Voisiku_vallavalitsus, lk 138
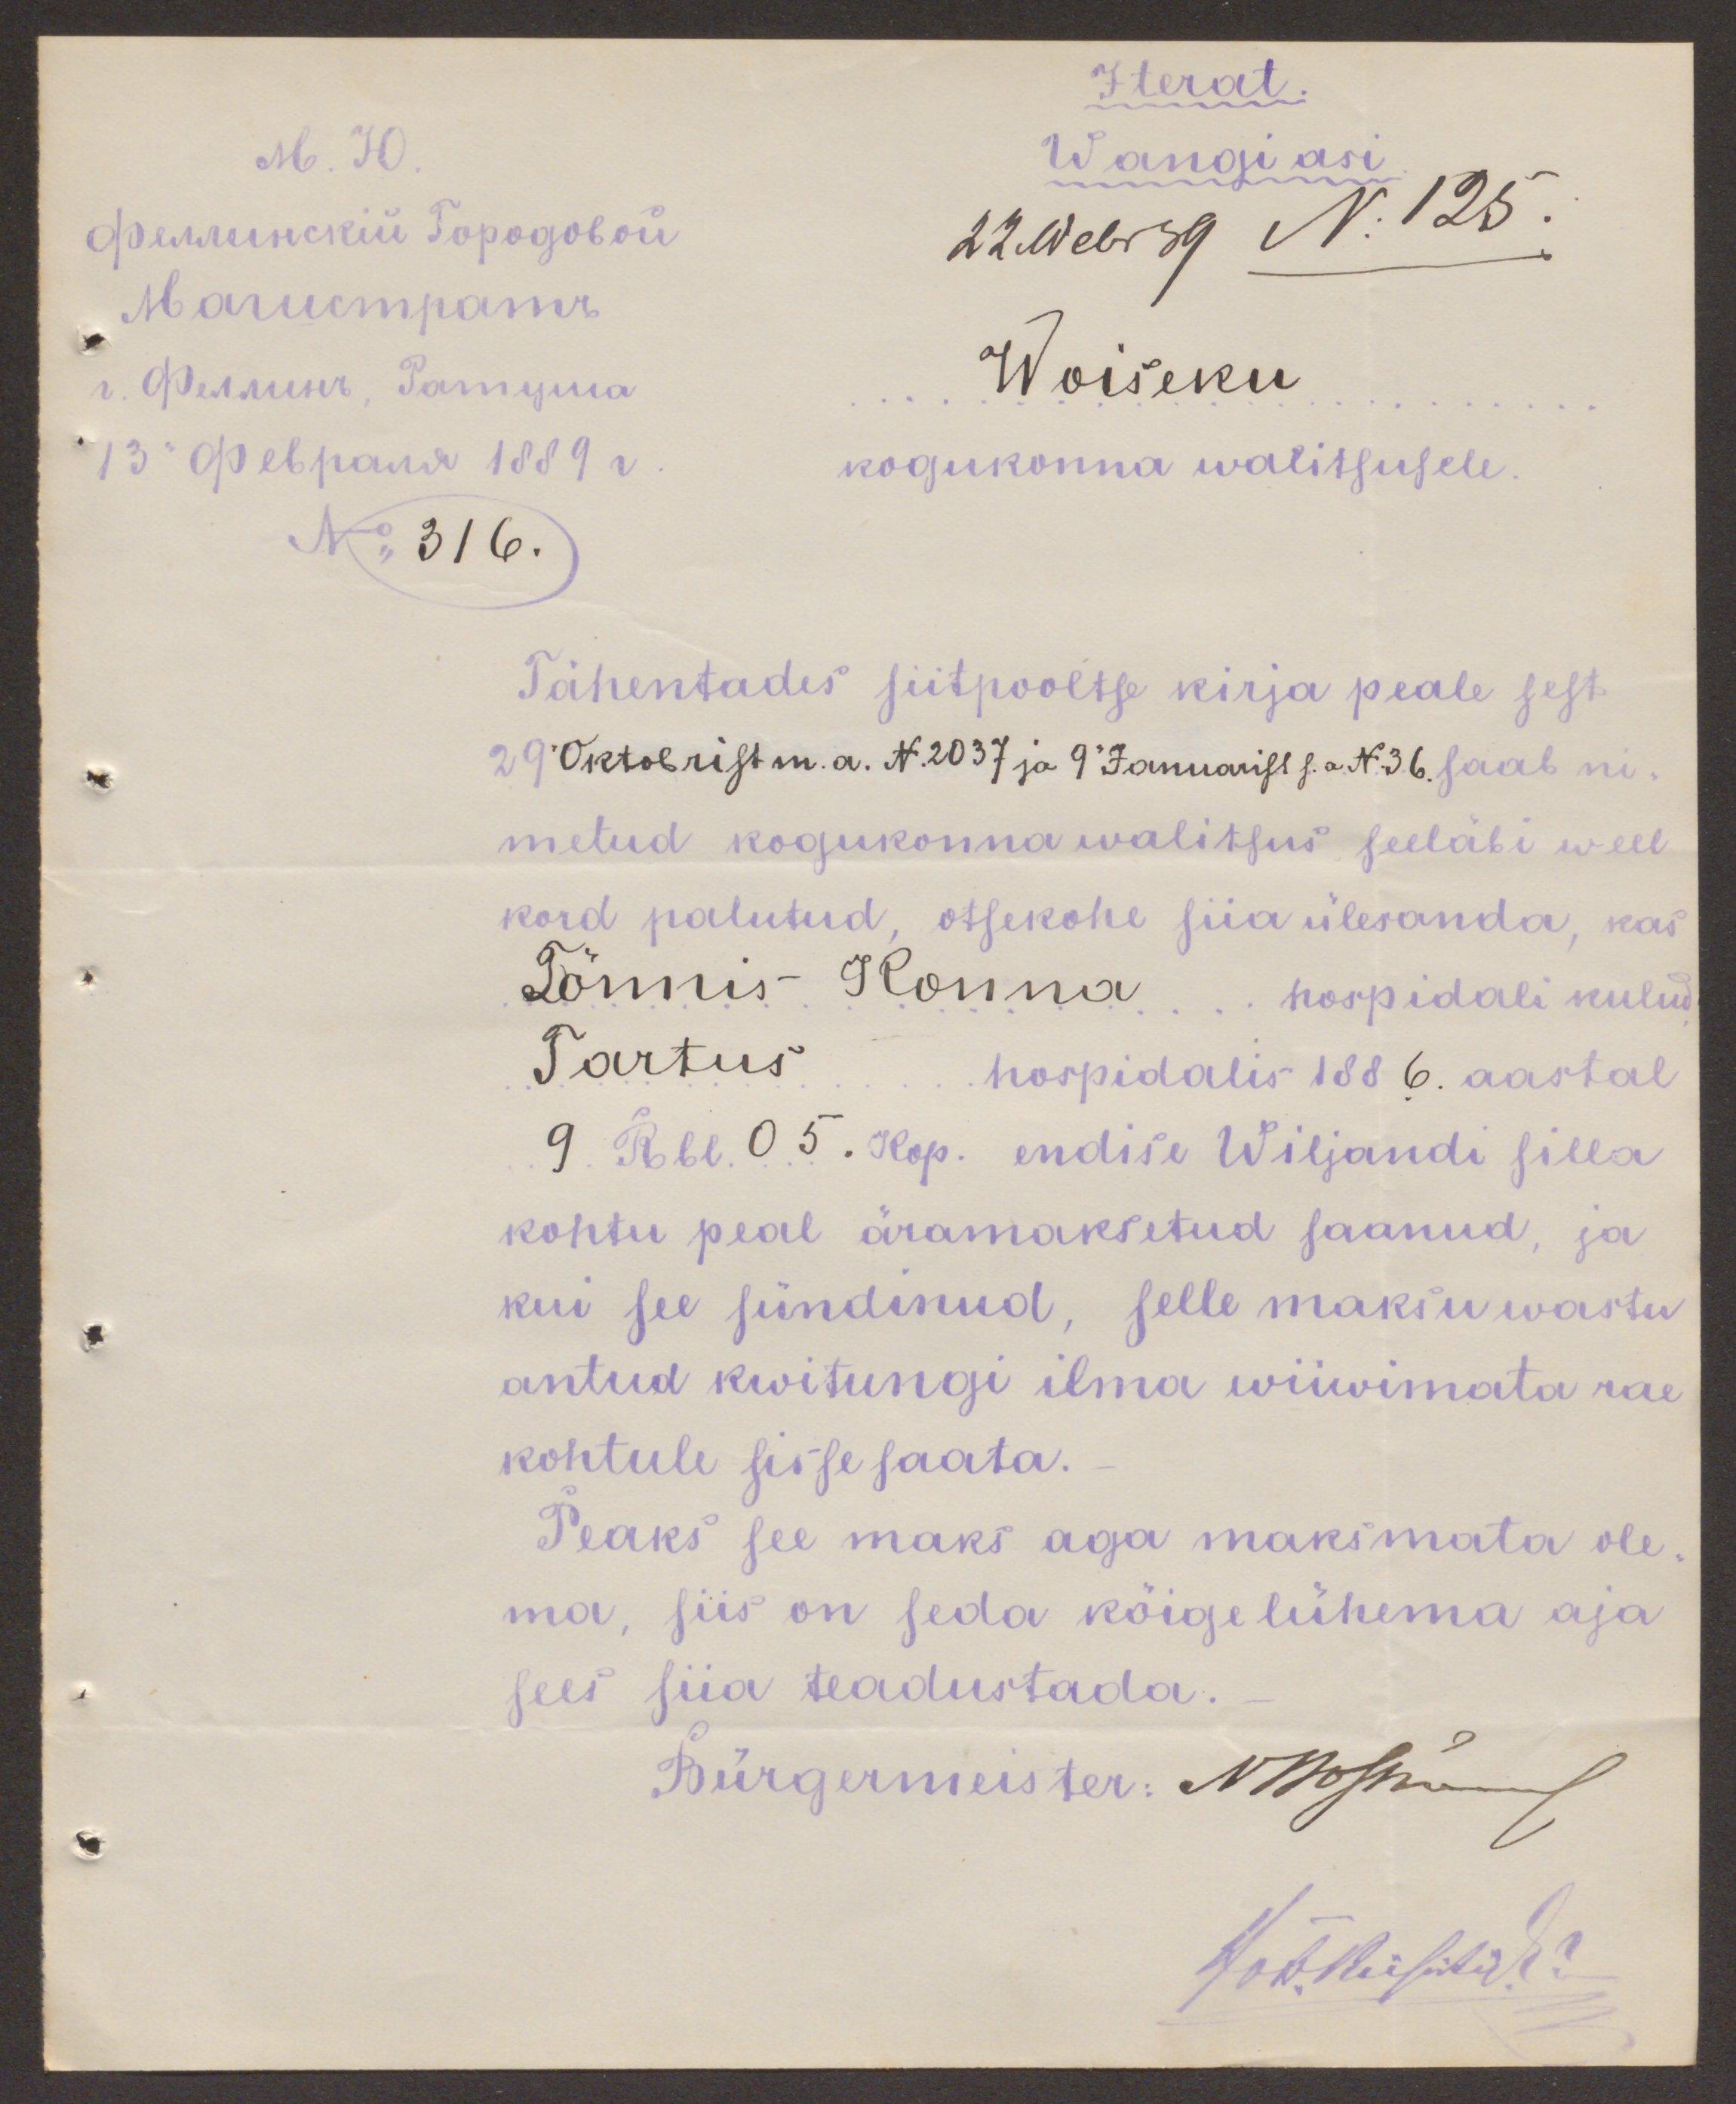
Iterat.
Wangiasi
22 Webr 89 No 125.
Woiseku
kogukonna walitsusele
No 316.
Tähentades siitpooltse kirja peale sest
29 Oktobrist m.a. N 2037 ja 9. Januarist s.a N 36 saab ni-
metud kogukonnawalitsus seeläbi weel
kord palutud, otsekohe siia ülesanda, kas
Tõnnis Konna hospidali kulud
Tartus hospidalis 1886. aastal
9. Rbl. 05. Kop. endise Wiljandi silla
kohtu peal äramaksetud saanud, ja
kui see sündinud, selle maksu wastu
antud kwitungi ilma wiiwimata rae-
kohtule sissesaata.
Peaks see maks aga maksmata ole-
ma, siis on seda kõigelühema aja
sees siia teadustada
Bürgermeister: Noemann
Koh.Kirjutaja